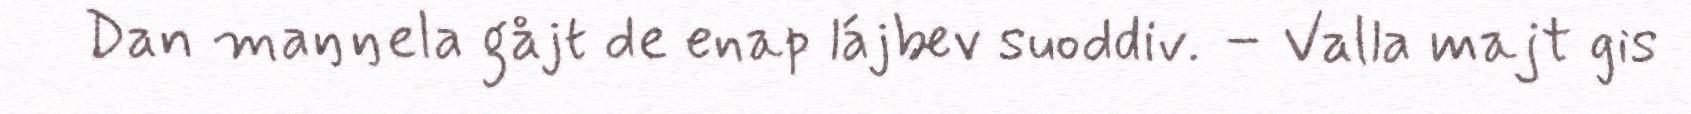
Dan maŋŋela gåjt de enap lájbev suoddiv. – Valla majt gis